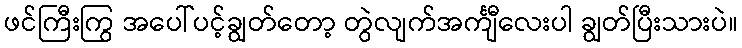
ဖင်ကြီးကြွ အပေါ်ပင့်ချွတ်တော့ တွဲလျက်အင်္ကျီလေးပါ ချွတ်ပြီးသားပဲ။